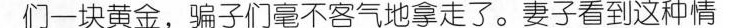
们一块黄金，骗子们毫不客气地拿走了。妻子看到这种情